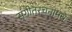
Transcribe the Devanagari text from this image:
संगीतरचनांमधे